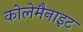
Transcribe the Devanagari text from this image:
कोलेमैनाइट